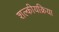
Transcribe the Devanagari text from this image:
शल्कीयक्रिया